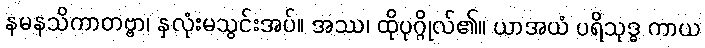
နမနသိကာတဗ္ဗာ၊ နှလုံးမသွင်းအပ်။ အဿ၊ ထိုပုဂ္ဂိုလ်၏။ ယာအယံ ပရိသုဒ္ဓ ကာယ